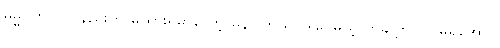
ဓမ္မဂုတ်။ ။ ဝိနည်းကို မူထားရမှာတော့ မှန်ပါတယ်၊ ဒါပေမယ့် တချို့က ပြင်မရအောင်